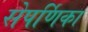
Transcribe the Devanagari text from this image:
सेपर्णिका